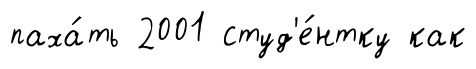
паха́ть 2001 студ'е́нтку как